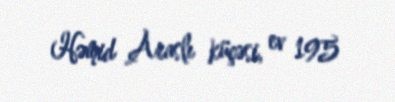
Həmid Araslı küçəsi, ev 195